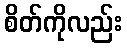
စိတ်ကိုလည်း